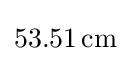
53.51\,{\text{cm}}